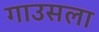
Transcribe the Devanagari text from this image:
गाउसला